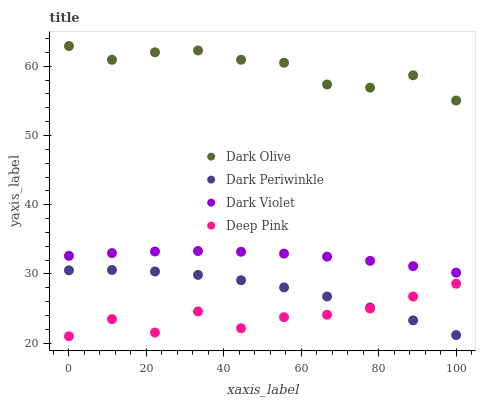
| xaxis_label | Dark Olive | Dark Periwinkle | Dark Violet | Deep Pink |
 | --- | --- | --- | --- | --- |
 | 0 | 62.9 | 30.5 | 32.6 | 21 |
 | 11.1 | 60.9 | 30.6 | 33 | 23.5 |
 | 22.2 | 62 | 30.4 | 33.2 | 21.5 |
 | 33.3 | 62.3 | 29.9 | 33.3 | 24.6 |
 | 44.4 | 60.9 | 29.1 | 33.2 | 22.2 |
 | 55.6 | 60.5 | 28.1 | 32.9 | 23.8 |
 | 66.7 | 57.4 | 26.7 | 32.5 | 24.1 |
 | 77.8 | 56.9 | 25.2 | 31.9 | 25 |
 | 88.9 | 58.7 | 23.3 | 31.1 | 26.7 |
 | 100 | 55.1 | 21.2 | 30.2 | 28.6 |